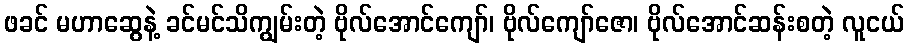
ဖခင် မဟာဆွေနဲ့ ခင်မင်သိကျွမ်းတဲ့ ဗိုလ်အောင်ကျော်၊ ဗိုလ်ကျော်ဇော၊ ဗိုလ်အောင်ဆန်းစတဲ့ လူငယ်